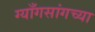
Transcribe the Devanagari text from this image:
ग्याँगसांगच्या